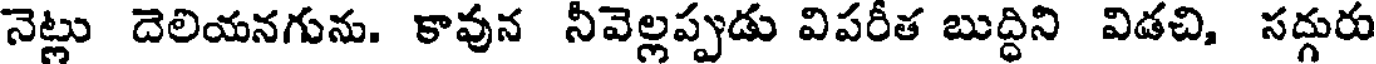
నెట్లు దెలియనగును. కావున నీవెల్లప్పుడు విపరీత బుద్ధిని విడచి, సద్గురు